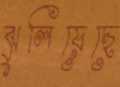
ঝুলিয়েছে